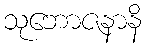
သုဘောဇနာနိ